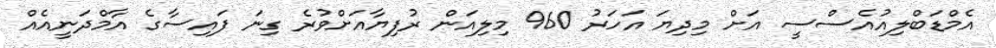
އެމްޑަބްލިއުއެސްސީ އަށް މިދިޔަ އަހަރު 960 މިލިއަން ރުފިޔާއަށްވުރެ ގިނަ ފައިސާގެ އާމްދަނީއެއް